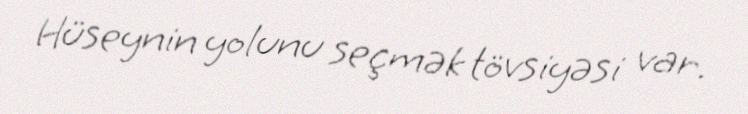
Hüseynin yolunu seçmək tövsiyəsi var.